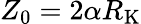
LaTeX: Z_{0}=2\alpha R_{\mathrm{K}}